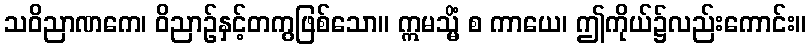
သဝိညာဏကေ၊ ဝိညာဉ်နှင့်တကွဖြစ်သော။ ဣမသ္မိံ စ ကာယေ၊ ဤကိုယ်၌လည်းကောင်း။